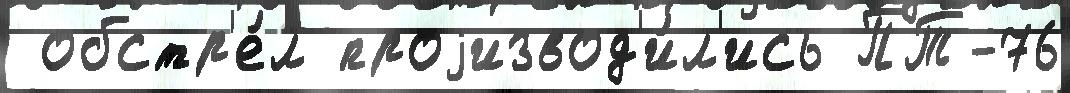
 обстр'е́л проjизвод'и́л'ись ПТ-76